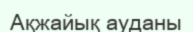
Ақжайық ауданы